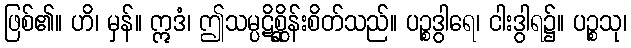
ဖြစ်၏။ ဟိ၊ မှန်။ ဣဒံ၊ ဤသမ္ပဋိစ္ဆိုန်းစိတ်သည်။ ပဉ္စဒွါရေ၊ ငါးဒွါရ၌။ ပဉ္စသု၊